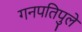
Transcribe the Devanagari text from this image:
गनपतिपुले